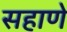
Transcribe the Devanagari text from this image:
सहाणे